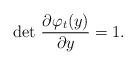
LaTeX: \begin{align*} \det \, \frac{\partial \varphi_t(y)}{\partial y} = 1.\end{align*}